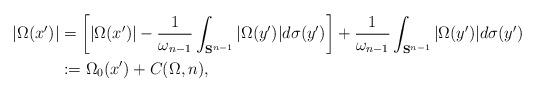
LaTeX: \begin{align*}|\Omega(x')|&=\bigg[|\Omega(x')|-\frac1{\omega_{n-1}}\int_{\mathbf S^{n-1}}|\Omega(y')|d\sigma(y')\bigg]+\frac1{\omega_{n-1}}\int_{\mathbf S^{n-1}}|\Omega(y')|d\sigma(y')\\&:=\Omega_0(x')+C(\Omega,n),\end{align*}